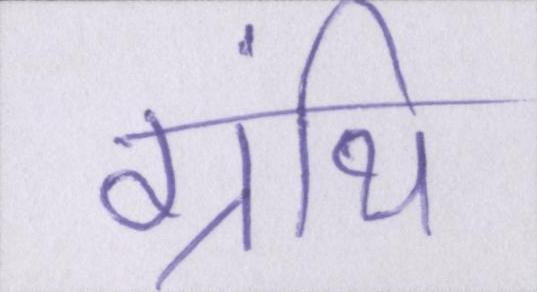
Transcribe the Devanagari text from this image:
ग्रंथि